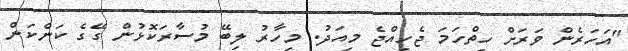
"އަހަރެން ވަރަށް ހިތްހަމަ ޖެހިއްޖެ މިއަދު. މިހާރު ލިބޭ މުސާރަކޮޅުން ގޭގެ ކަންކަން